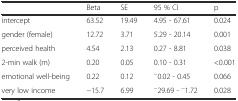
<table><thead><tr><td></td><td><b>Beta</b></td><td><b>SE</b></td><td><b>95 % CI</b></td><td><b>p</b></td></tr></thead><tbody><tr><td>intercept</td><td>63.52</td><td>19.49</td><td>4.95 - 67.61</td><td>0.024</td></tr><tr><td>gender (female)</td><td>12.72</td><td>3.71</td><td>5.29 - 20.14</td><td>0.001</td></tr><tr><td>perceived health</td><td>4.54</td><td>2.13</td><td>0.27 - 8.81</td><td>0.038</td></tr><tr><td>2-min walk (m)</td><td>0.20</td><td>0.05</td><td>0.10 - 0.31</td><td>&lt;0.001</td></tr><tr><td>emotional well-being</td><td>0.22</td><td>0.12</td><td><sup>−</sup>0.02 - 0.45</td><td>0.066</td></tr><tr><td>very low income</td><td>−15.7</td><td>6.99</td><td><sup>−</sup>29.69 - <sup>−</sup>1.72</td><td>0.028</td></tr></tbody></table>